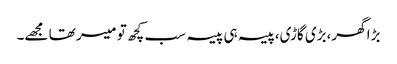
بڑا گھر،بڑی گاڑی،پیسہ ہی پیسہ سب کچھ تو میسر تھا مجھے۔